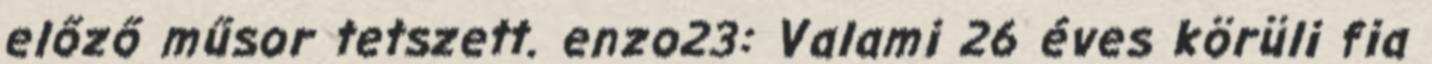
előző műsor tetszett. enzo23: Valami 26 éves körüli fia